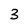
Character: 3